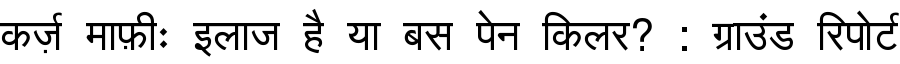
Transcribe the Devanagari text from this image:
कर्ज़ माफ़ीः इलाज है या बस पेन किलर? : ग्राउंड रिपोर्ट